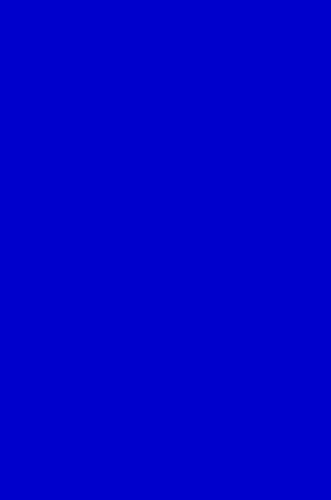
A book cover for Chemistry and Physics of Solid Surfaces V (Springer Series in Chemical Physics, Vol 35); R. Vanselow; Science & Math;